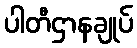
ပါတီဌာနချုပ်